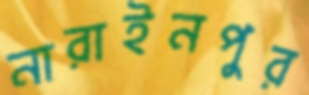
নারাইনপুর